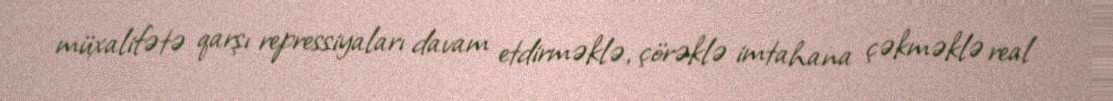
müxalifətə qarşı repressiyaları davam etdirməklə, çörəklə imtahana çəkməklə real